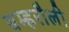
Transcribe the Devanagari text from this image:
बम्हरौली